Civil Veterinary Department ledger series I-VI
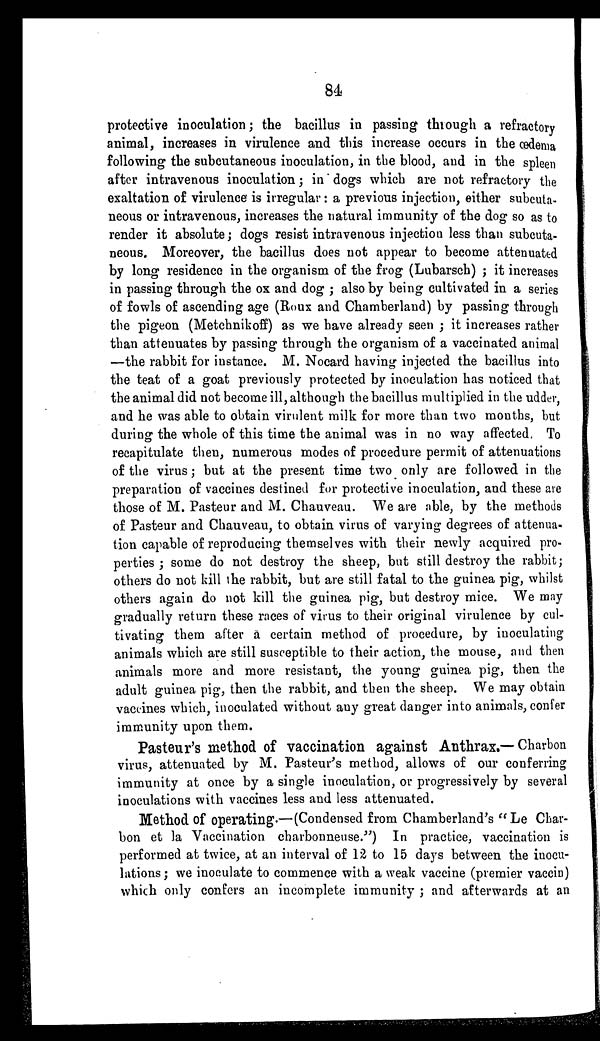
84
protective inoculation; the bacillus in passing through a refractory
animal, increases in virulence and this increase occurs in the œdema
following the subcutaneous inoculation, in the blood, and in the spleen
after intravenous inoculation; in dogs which are not refractory the
exaltation of virulence is irregular: a previous injection, either subcuta-
neous or intravenous, increases the natural immunity of the dog so as to
render it absolute; dogs resist intravenous injection less than subcuta-
neous. Moreover, the bacillus does not appear to become attenuated
by long residence in the organism of the frog (Lubarsch) ; it increases
in passing through the ox and dog ; also by being cultivated in a series
of fowls of ascending age (Roux and Chamberland) by passing through
the pigeon (Metchnikoff) as we have already seen ; it increases rather
than attenuates by passing through the organism of a vaccinated animal
—the rabbit for instance. M. Nocard having injected the bacillus into
the teat of a goat previously protected by inoculation has noticed that
the animal did not become ill, although the bacillus multiplied in the udder,
and he was able to obtain virulent milk for more than two months, but
during the whole of this time the animal was in no way affected, To
recapitulate then, numerous modes of procedure permit of attenuations
of the virus; but at the present time two only are followed in the
preparation of vaccines destined for protective inoculation, and these are
those of M. Pasteur and M. Chauveau. We are able, by the methods
of Pasteur and Chauveau, to obtain virus of varying degrees of attenua-
tion capable of reproducing themselves with their newly acquired pro-
perties ; some do not destroy the sheep, but still destroy the rabbit;
others do not kill the rabbit, but are still fatal to the guinea pig, whilst
others again do not kill the guinea pig, but destroy mice. We may
gradually return these races of virus to their original virulence by cul-
tivating them after a certain method of procedure, by inoculating
animals which are still susceptible to their action, the mouse, and then
animals more and more resistant, the young guinea pig, then the
adult guinea pig, then the rabbit, and then the sheep. We may obtain
vaccines which, inoculated without any great danger into animals, confer
immunity upon them.
Pasteur's method of vaccination against Anthrax.— Charbon
virus, attenuated by M. Pasteur's method, allows of our conferring
immunity at once by a single inoculation, or progressively by several
inoculations with vaccines less and less attenuated.
Method of operating-—(Condensed from Chamberland's " Le Char-
bon et la Vaccination charbonneuse.") In practice, vaccination is
performed at twice, at an interval of 12 to 15 days between the inocu-
lations; we inoculate to commence with a weak vaccine (premier vaccin)
which only confers an incomplete immunity ; and afterwards at an